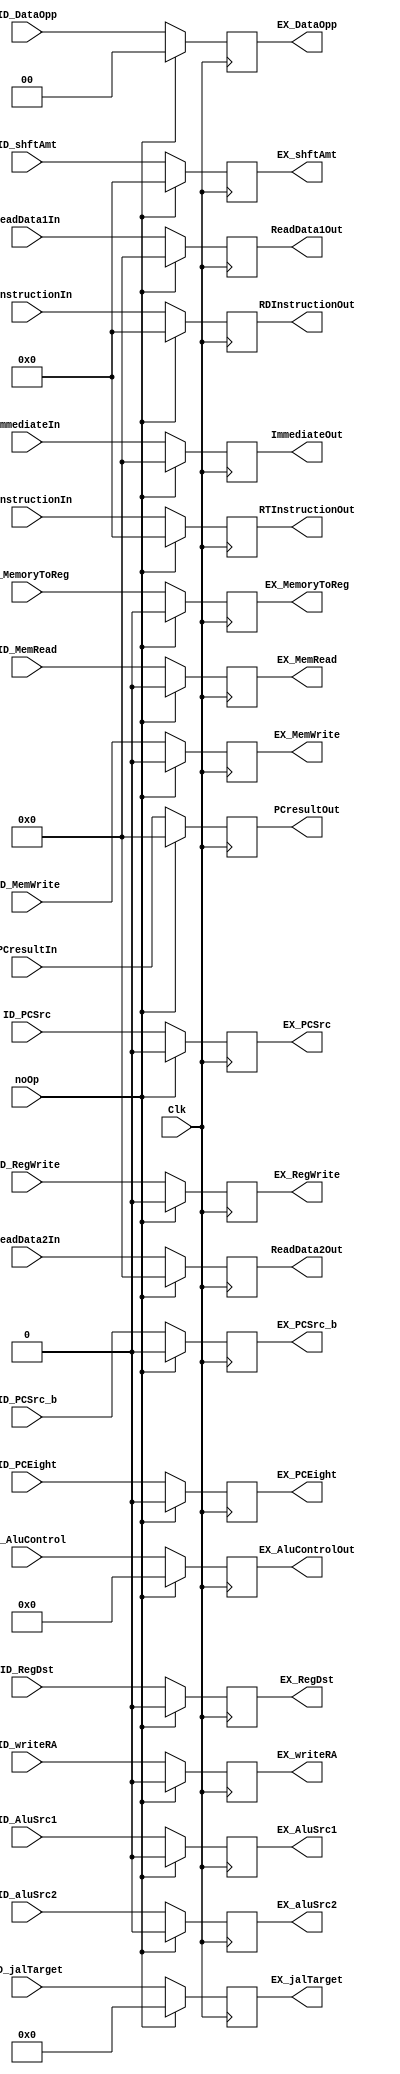
module ID_EX_Reg(Clk, noOp, ID_MemoryToReg, ID_PCSrc, ID_RegWrite, ID_MemRead, ID_MemWrite, ID_shftAmt, ID_aluSrc2, ID_RegDst, 
    ID_AluControl, ReadData1In, ReadData2In, PCresultIn, ImmediateIn, RTInstructionIn, RDInstructionIn, EX_MemoryToReg, 
    EX_PCSrc, EX_RegWrite, EX_MemRead, EX_MemWrite, EX_shftAmt, EX_aluSrc2, EX_RegDst, EX_AluControlOut, ReadData1Out, ReadData2Out, 
    PCresultOut, ImmediateOut, RTInstructionOut, RDInstructionOut, ID_DataOpp, EX_DataOpp, ID_PCSrc_b, EX_PCSrc_b, ID_PCEight, EX_PCEight,
    ID_writeRA, EX_writeRA, ID_jalTarget, EX_jalTarget, ID_AluSrc1, EX_AluSrc1); 
    
    input Clk, noOp;

    input ID_MemoryToReg, ID_PCSrc, ID_RegWrite, ID_PCSrc_b, ID_PCEight; // Write Back controls 
    input ID_MemRead, ID_MemWrite, ID_AluSrc1;  // Memory controls
    input [4:0] ID_shftAmt;
    input ID_aluSrc2, ID_RegDst, ID_writeRA; //Ex contoles
    input [5:0] ID_AluControl; //Alu control signal
    input [31:0] ReadData1In, ReadData2In, PCresultIn, ImmediateIn; //32 bit data lines
    input [4:0] RTInstructionIn, RDInstructionIn;                   //5 bit data lines
    input [1:0] ID_DataOpp;
    input [25:0] ID_jalTarget;
    
    output reg EX_MemoryToReg, EX_PCSrc, EX_RegWrite, EX_PCSrc_b, EX_PCEight; // Write Back controls 
    output reg EX_MemRead, EX_MemWrite, EX_AluSrc1;  // Memory controls
    output reg [4:0] EX_shftAmt;
    output reg EX_aluSrc2, EX_RegDst, EX_writeRA; //Ex contoles
    output reg [5:0] EX_AluControlOut; //Alu control signal
    output reg [31:0] ReadData1Out, ReadData2Out, PCresultOut, ImmediateOut; //32 bit data lines
    output reg [4:0] RTInstructionOut, RDInstructionOut;                   //5 bit data lines
    output reg [1:0] EX_DataOpp;
    output reg [25:0] EX_jalTarget;
    
    always@(posedge Clk) begin
        if(noOp == 1'b1)begin
            EX_MemoryToReg   <=  1'b0;
            EX_PCSrc         <=  1'b0;
            EX_RegWrite      <=  1'b0;
            EX_MemRead       <=  1'b0;
            EX_MemWrite      <=  1'b0;
            EX_shftAmt       <=  5'b0;
            EX_aluSrc2       <=  1'b0;
            EX_RegDst        <=  1'b0;
            EX_AluControlOut <=  6'b0;
            ReadData1Out     <=  32'b0;
            ReadData2Out     <=  32'b0;
            PCresultOut      <=  32'b0;
            ImmediateOut     <=  32'b0;
            RTInstructionOut <=  5'b0;
            RDInstructionOut <=  5'b0;
            EX_DataOpp       <=  2'b0;
            EX_PCSrc_b       <=  1'b0;
            EX_PCEight       <=  1'b0;
            EX_writeRA       <=  1'b0;
            EX_jalTarget     <=  26'b0;
            EX_AluSrc1       <=  1'b0;
        end
        else begin    
            EX_MemoryToReg   <=  ID_MemoryToReg;
            EX_PCSrc         <=  ID_PCSrc;
            EX_RegWrite      <=  ID_RegWrite;
            EX_MemRead       <=  ID_MemRead;
            EX_MemWrite      <=  ID_MemWrite;
            EX_shftAmt       <=  ID_shftAmt;
            EX_aluSrc2       <=  ID_aluSrc2;
            EX_RegDst        <=  ID_RegDst;
            EX_AluControlOut    <= ID_AluControl;
            ReadData1Out     <=  ReadData1In;
            ReadData2Out     <=  ReadData2In;
            PCresultOut      <=  PCresultIn;
            ImmediateOut     <=  ImmediateIn;
            RTInstructionOut <=  RTInstructionIn;
            RDInstructionOut <=  RDInstructionIn;
            EX_DataOpp       <=  ID_DataOpp;
            EX_PCSrc_b <= ID_PCSrc_b;
            EX_PCEight <= ID_PCEight;
            EX_writeRA <= ID_writeRA;
            EX_jalTarget <= ID_jalTarget;
            EX_AluSrc1 <= ID_AluSrc1;
        end
    end
endmodule